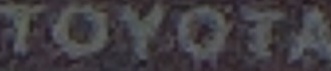
TOYOTA